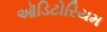
ઑડિટોરિયમ